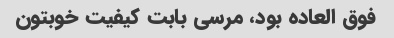
فوق العاده بود، مرسی بابت کیفیت خوبتون